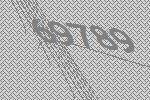
69789